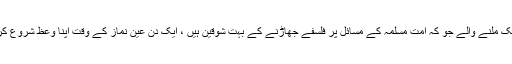
ہمارے ایک ملنے والے جو کہ امت مسلمہ کے مسائل پر فلسفے جھاڑنے کے بہت شوقین ہیں ، ایک دن عین نماز کے وقت اپنا وعظ شروع کر بیٹھے ۔